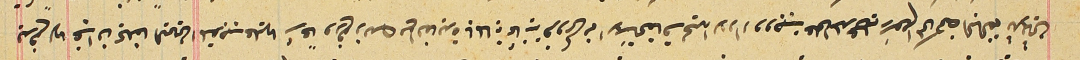
يدفع لهما ان غب ان يحلفا اليمين المتوجب عليهما شرعاً ودفع ذلك مع الفايدة بالماية ثمانية قروش من الاسَتحقاق لحين الاداء ووجبت على المدعى عليه رسَوم المحاكمة البالغة ثلاثين